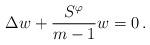
LaTeX: \begin{align*} \Delta w + \frac{S^\varphi}{m-1} w = 0 \, .\end{align*}